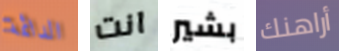
الدائمة انت بشير أراهنك